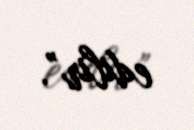
edilir”.